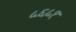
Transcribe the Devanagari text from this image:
५६५१